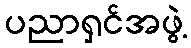
ပညာရှင်အဖွဲ့